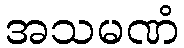
အသမဏံ